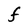
Character: F